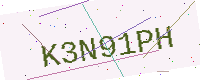
Text: K3N91PH